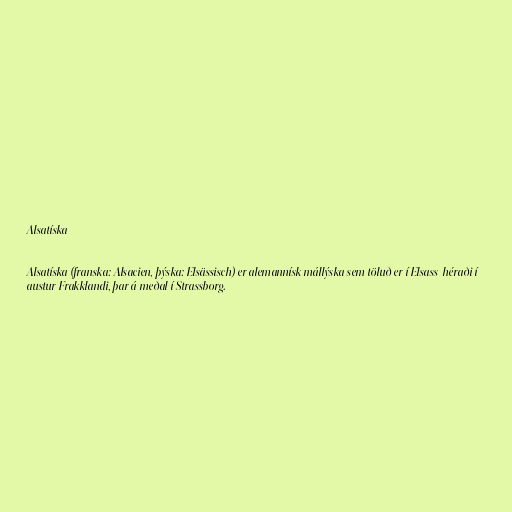
Alsatíska

Alsatíska (franska: Alsacien, þýska: Elsässisch) er alemannísk mállýska sem töluð er í Elsass-héraði í
austur Frakklandi, þar á meðal í Strassborg.